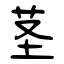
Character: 茎